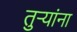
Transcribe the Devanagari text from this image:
तुऱ्यांना